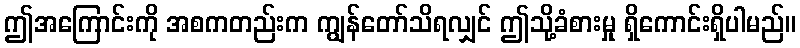
ဤအကြောင်းကို အစကတည်းက ကျွန်တော်သိရလျှင် ဤသို့ခံစားမှု ရှိကောင်းရှိပါမည်။